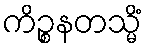
ကိဉ္စနတသ္မိံ